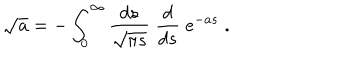
\sqrt { a } = - \int _ { 0 } ^ { \infty } \frac { d s } { \sqrt { \pi s } } \; \frac { d } { d s } \; e ^ { - a s } \; .